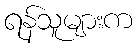
ရန်သူများက